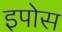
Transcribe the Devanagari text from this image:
इपोस